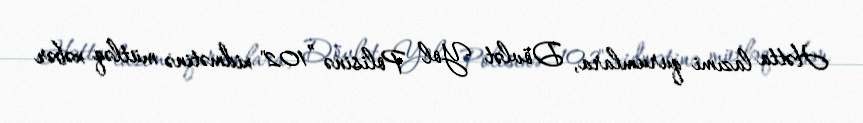
Hətta lazımi qurumlara, Dövlət Yol Polisinə ”102" xidmətinə mütləq xəbər